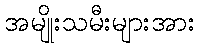
အမျိုးသမီးများအား